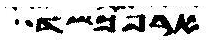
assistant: ארפכשד